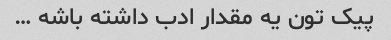
پیک تون یه مقدار ادب داشته باشه …